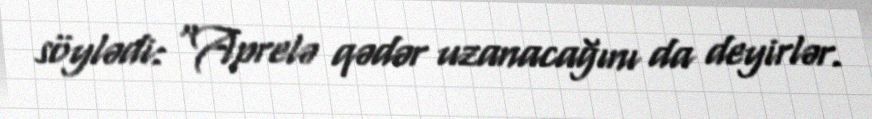
söylədi: “Aprelə qədər uzanacağını da deyirlər.